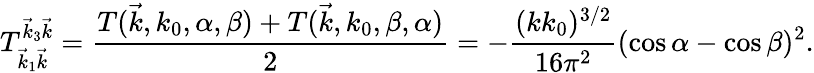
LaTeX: T_{\vec{k}_{1}\vec{k}}^{\vec{k}_{3}\vec{k}}=\frac{T(\vec{k},k_{0},\alpha,\beta)+T(\vec{k},k_{0},\beta,\alpha)}{2}=-\frac{(kk_{0})^{3/2}}{16\pi^{2}}(\cos\alpha-\cos\beta)^{2}.